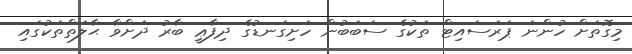
މިގޮތަށް ހުންނަ ޕަރަސައިޓް ތަކުގެ ސަބަބުން ހަށިގަނޑުގެ ދިފާޢީ ބާރު ދަށްވާ ޙާލަތްތަކުގައި